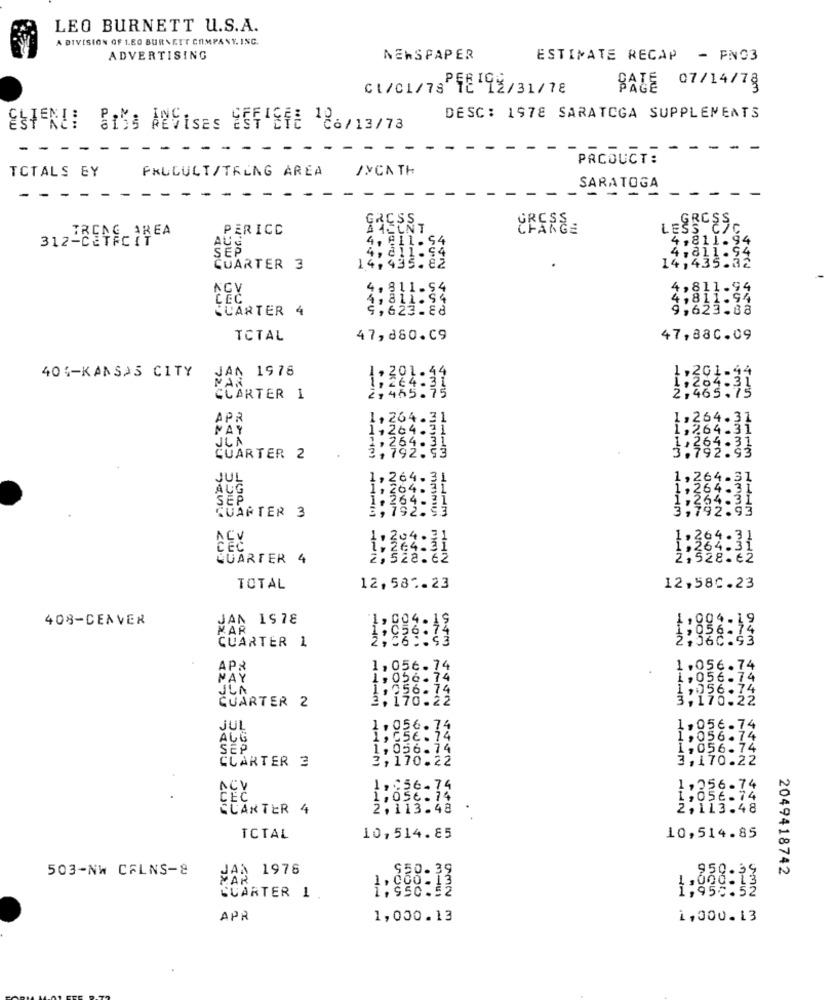
LEO BURNETT U.S.A.
A DIVISION OF LEO BURNETT COMPANY. INC.
ADVERTISING
NEWSPAPER
ESTIMATE RECAP - PN03
BATE 07/14/78
DESC: 1978 SARATOGA SUPPLEMENTS
ESTERE: Biss ANSises 9551EfE 186/13/73
-.
PACOUCT:
PALCULT/TRING AREA
/YCN TH
TOTALS EY
SARATOGA
- - -
- - -
GROSS
GROSS
PERICC
A ILUNT
CHARGE
LESS Č7C
312-CEtic AREA
4, 811. 54
4,811.94
AU
SES
4, 811.94
14,435.32
4, 811. 94
CUARTER 3
14, 435. 82
NGV
4, 811.54
4,811.94
CEC
4, 811 . 94
4.811.94
SUARTER 4
,623.88
9,623.88
TOTAL
47,880.09
47,880.09
40%-KANSAS CITY
JAN 1978
· 4
,264.31
CCARTER 1
2,46
APR
1, 264.3
1,264.31
MAY
.264.31
INN
000
264 - 31
CUARTER 2
2.
3.792.93
JUL
,264.3
1,264.31
AUG
1.264-31
SEP
182:
QUARTER3
ACV
CE
3:264:31
QUARTER 4
. ..
ia. c.
112
12,587.23
TOTAL
12,58C.23
408-DENVER
JAN 1978
19
CUARTER 1
-N
APR
1,056.74
1.056.74
WAY
1, 056 . 74
56.74
1.256.14
QUARTER 2
2,170.22
100
3, 170.22
056.74
JUL
1.056.74
,056.74
AUG
1, 55
5€ . 14
,056.74
SEP
056.74
1,056.74
CLARTER3
2, 170.22
3, 170.22
ACV
1,256-74
56.74
CEC
1,056.14
E5 74
CUANTER4
2.113.48
3.48
...
TCTAL
10,514.85
10, 514.85
503-NW CFLNS-8
1976
$50. 39
950 - 3
2049418742
1: 888-13
1:958:52
QUARTER 1
APR
1,000.13
1,000.13